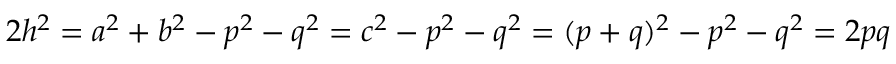
2 h ^ { 2 } = a ^ { 2 } + b ^ { 2 } - p ^ { 2 } - q ^ { 2 } = c ^ { 2 } - p ^ { 2 } - q ^ { 2 } = ( p + q ) ^ { 2 } - p ^ { 2 } - q ^ { 2 } = 2 p q